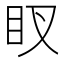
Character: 䀑